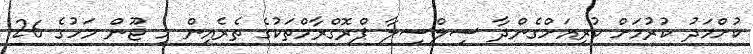
ކުށްމަދު ކުރުމަށް ކުރިއަށްގެންދާ ސިލްސިލާ ޕްރޮގްރާމްތަކުގެ ތެރެއިން މި ޖޫން މަހުގެ 26